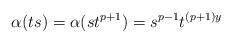
LaTeX: \begin{align*}\alpha(ts)=\alpha(st^{p+1})=s^{p-1}t^{(p+1)y}\end{align*}